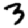
Digit: 3